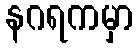
နဂရကမှာ